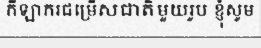
កីឡាករជម្រើសជាតិមួយរូប ខ្ញុំសូម